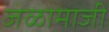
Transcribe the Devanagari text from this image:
जळामाजी